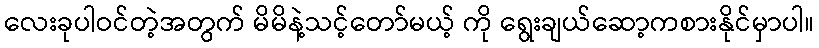
လေးခုပါဝင်တဲ့အတွက် မိမိနဲ့သင့်တော်မယ့် ကို ရွေးချယ်ဆော့ကစားနိုင်မှာပါ။